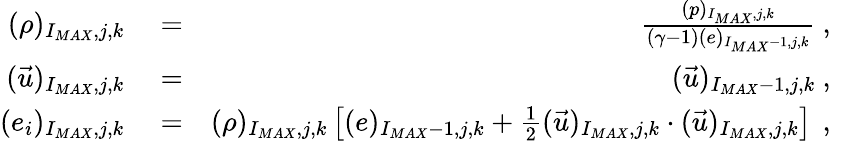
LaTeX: \begin{array}{rlr}{(\rho)_{I_{MAX},j,k}}&{{}=}&{\frac{(p)_{I_{MAX},j,k}}{(\gamma-1)(e)_{I_{MAX}-1,j,k}}\mathrm{~,~}}\\ {(\vec{u})_{I_{MAX},j,k}}&{{}=}&{(\vec{u})_{I_{MAX}-1,j,k}\mathrm{~,~}}\\ {(e_{i})_{I_{MAX},j,k}}&{{}=}&{(\rho)_{I_{MAX},j,k}\left[(e)_{I_{MAX}-1,j,k}+\frac{1}{2}(\vec{u})_{I_{MAX},j,k}\cdot(\vec{u})_{I_{MAX},j,k}\right]\, \mathrm{~,~}}\end{array}